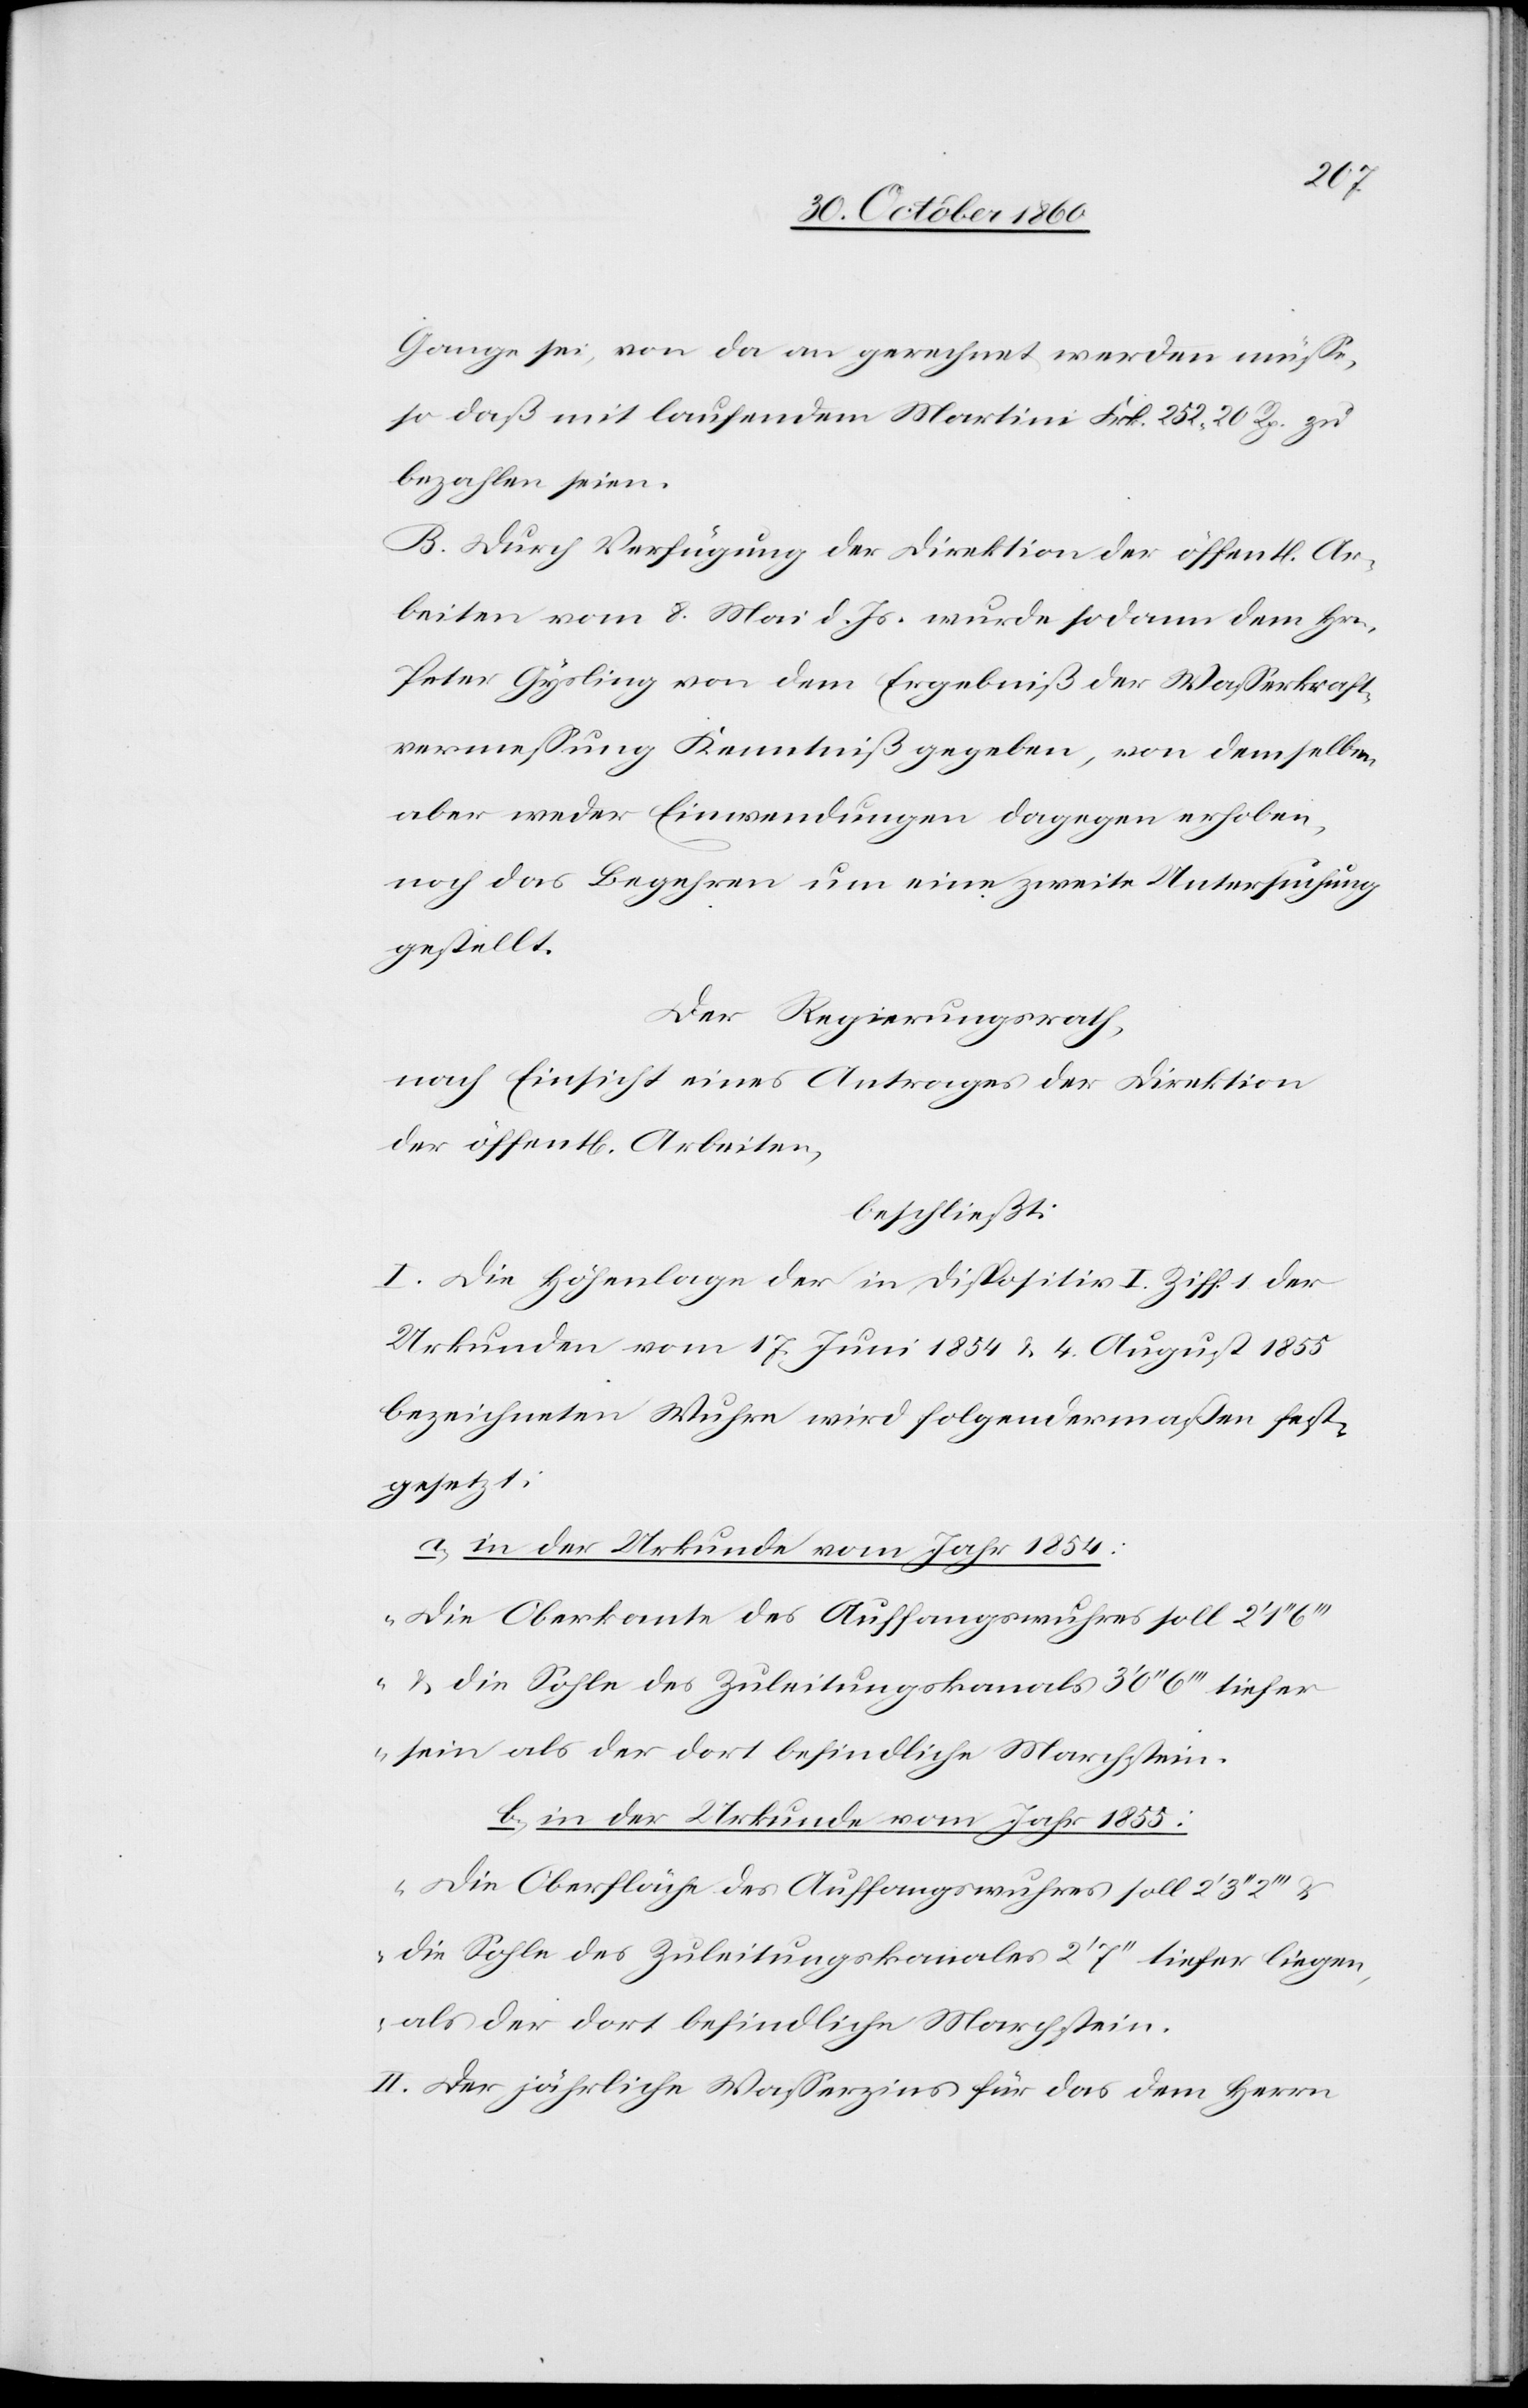
Gange sei, von da an gerechnet werden müße,
so daß mit laufendem Martini Frk. 252 20 Rp. zu
bezahlen seien.
B. Durch Verfügung der Direktion der öffentl. Ar¬
beiten vom 8. Mai d. Js. wurde sodann dem Hrn.
Peter Gysling von dem Ergebniß der Wasserkraft¬
vermessung Kenntniß gegeben, von demselben
aber weder Einwendungen dagegen erhoben,
noch das Begehren um eine zweite Untersuchung
gestellt.
Der Regierungsrath,
nach Einsicht eines Antrages der Direktion
der öffent[lichen] Arbeiten,
beschließt:
I. Die Höhenlage der in Dispositiv I Ziff. 1 der
Urkunden vom 17. Juni 1854 u. 4. August 1855
bezeichneten Wuhre wird folgendermaßen fest¬
gesetzt:
a. in der Urkunde vom Jahr 1854:
„Die Oberkante des Auffangswuhres soll 2’
u. die Sohle des Zuleitungskanals 3’ 0’’ 6’’’ tiefer
sein als der dort befindliche Marchstein.[“]
b. in der Urkunde vom Jahr 1855:
„Die Oberfläche des Auffangswuhres soll 2’
die Sohle des Zuleitungskanales 2’ 7’’ tiefer liegen,
als der dort befindliche Marchstein.[“]
II. Der jährliche Wasserzins für das dem Herrn